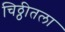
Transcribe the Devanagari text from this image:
चिठ्ठीतला